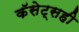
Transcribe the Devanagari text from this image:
कॅसेट्सही